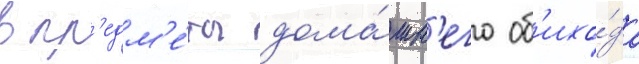
в пр'едм'е́ты дома́шн'его об'ихо́да